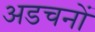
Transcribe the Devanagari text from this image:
अडचनों